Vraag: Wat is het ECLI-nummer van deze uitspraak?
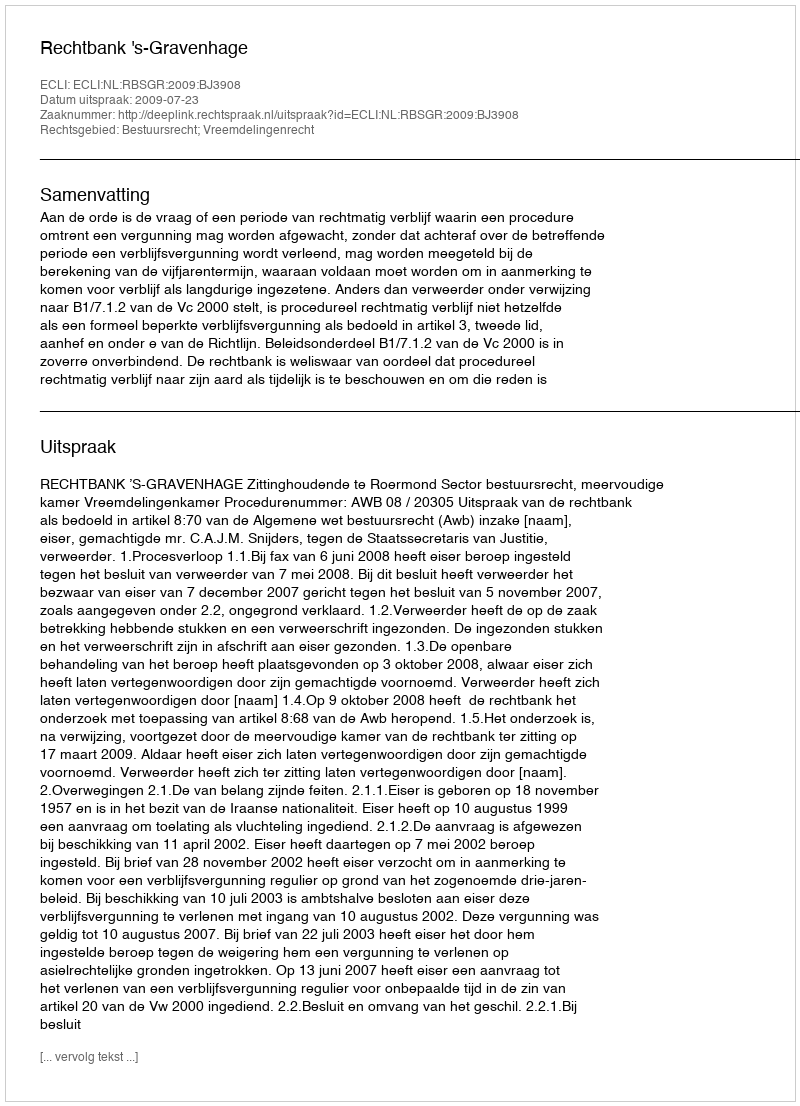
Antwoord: ECLI:NL:RBSGR:2009:BJ3908